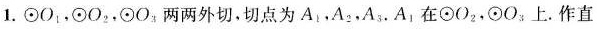
1.⊙O_{1}，⊙O_{2}，⊙O_{3}两两外切，切点为A_{1}，A_{2}，A_{3}.A_{1}在⊙O2，⊙O3上。作